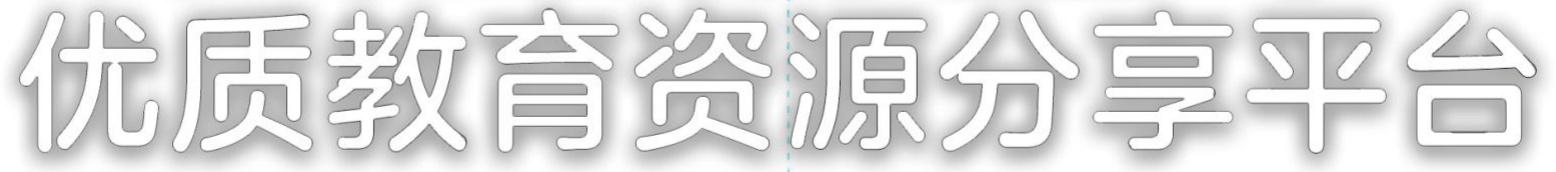
优质教育资源分享平台